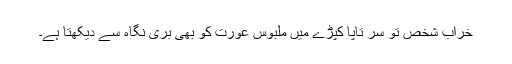
خراب شخص تو سر تاپا کپڑے میں ملبوس عورت کو بھی بری نگاہ سے دیکھتا ہے۔